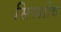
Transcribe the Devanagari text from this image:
सिरशोथ